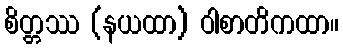
စိတ္တဿ (နယထာ) ဝါစာတိကထာ။